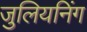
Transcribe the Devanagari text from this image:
जुलियनिंग